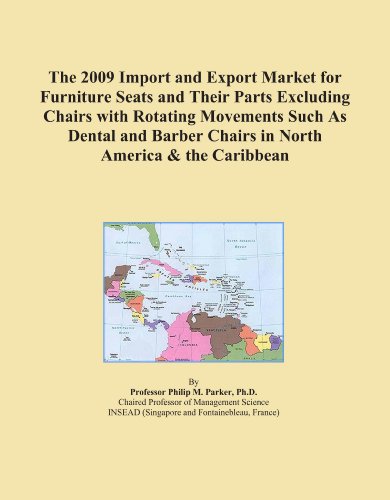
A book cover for The 2009 Import and Export Market for Furniture Seats and Their Parts Excluding Chairs with Rotating Movements Such As Dental and Barber Chairs in North America & the Caribbean; Icon Group International; Medical Books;